Indian journal of veterinary science and animal husbandry - Volume 6,
Year: 1936
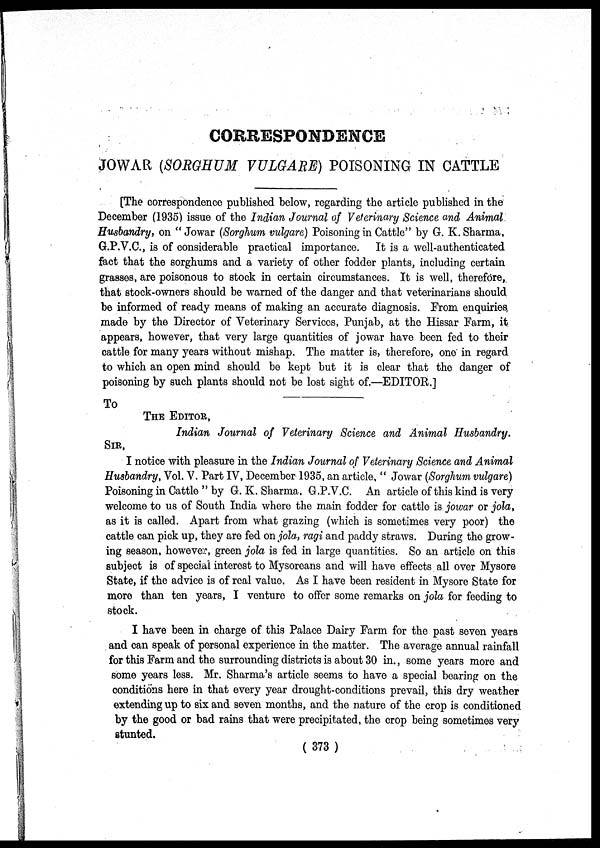
CORRESPONDENCE
JOWAR (SORGHUM VULGARE) POISONING IN CATTLE
[The correspondence published below, regarding the article published in the
December (1935) issue of the Indian Journal of Veterinary Science and Animal
Husbandry, on "Jowar (Sorghum vulgare) Poisoning in Cattle" by G. K.Sharma,
G.P.V.C., is of considerable practical importance. It is a well-authenticated
fact that the sorghums and a variety of other fodder plants, including certain
grasses, are poisonous to stock in certain circumstances. It is well, therefore,
that stock-owners should be warned of the danger and that veterinarians should
be informed of ready means of making an accurate diagnosis. From enquiries
made by the Director of Veterinary Services, Punjab, at the Hissar Farm, it
appears, however, that very large quantities of jowar have been fed to their
cattle for many years without mishap. The matter is, therefore, one in regard
to which an open mind should be kept but it is clear that the danger of
poisoning by such plants should not be lost sight of.—EDITOR.]
To
THE EDITOR,
Indian Journal of Veterinary Science and Animal Husbandry.
SIR,
I notice with pleasure in the Indian Journal of Veterinary Science and Animal
Husbandry, Vol. V. Part IV, December 1935, an article, " Jowar (Sorghum vulgare)
Poisoning in Cattle " by G.K.Sharma. G.P.V.C. An article of this kind is very
welcome to us of South India where the main fodder for cattle is jowar or jola,
as it is called. Apart from what grazing (which is sometimes very poor) the
cattle can pick up, they are fed on jola, ragi and paddy straws. During the grow-
ing season, however, green jola is fed in large quantities. So an article on this
subject is of special interest to Mysoreans and will have effects all over Mysore
State, if the advice is of real value. As I have been resident in Mysore State for
more than ten years, I venture to offer some remarks on jola for feeding to
stock.
I have been in charge of this Palace Dairy Farm for the past seven years
and can speak of personal experience in the matter. The average annual rainfall
for this Farm and the surrounding districts is about 30 in., some years more and
some years less. Mr. Sharma's article seems to have a special bearing on the
conditions here in that every year drought-conditions prevail, this dry weather
extending up to six and seven months, and the nature of the crop is conditioned
by the good or bad rains that were precipitated, the crop being sometimes very
stunted.
( 373 )